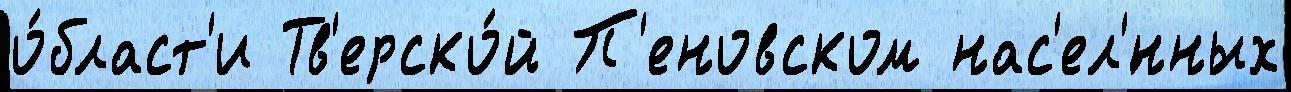
о́бласт'и Тв'ерско́й П'еновском нас'ел'́нных